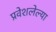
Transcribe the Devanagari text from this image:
प्रवेशलेल्या